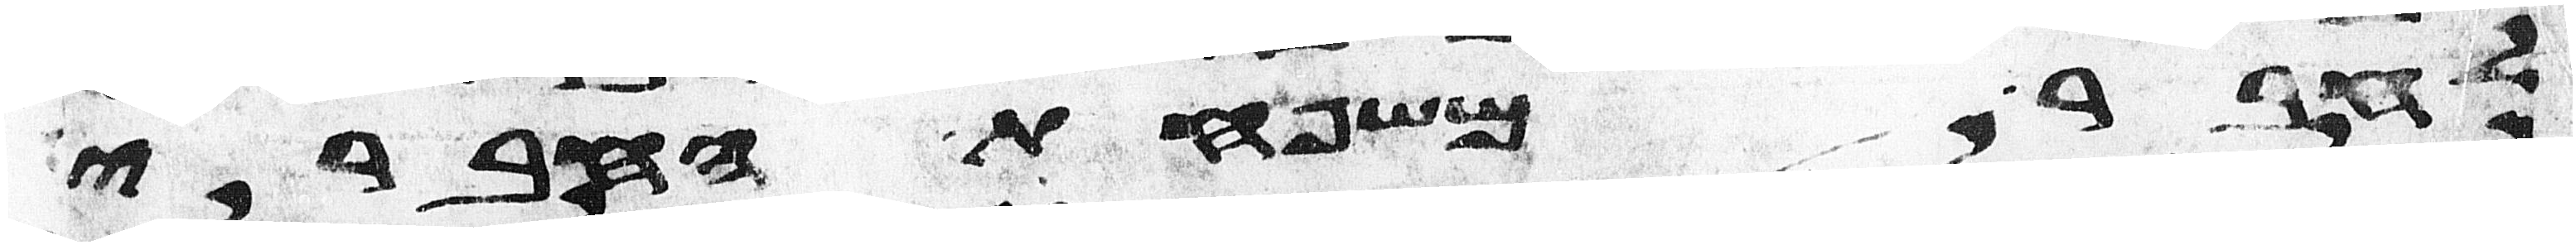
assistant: לחבר משפחת החברי